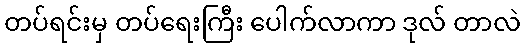
တပ်ရင်းမှ တပ်ရေးကြီး ပေါက်လာကာ ဒုလ် တာလဲ